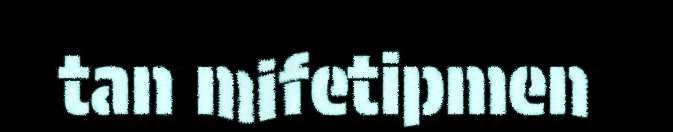
tan mifetipmen